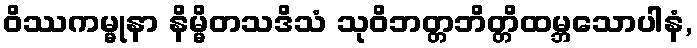
ဝိဿကမ္မုနာ နိမ္မိတသဒိသံ သုဝိဘတ္တဘိတ္တိထမ္ဘသောပါနံ,